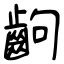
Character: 齣